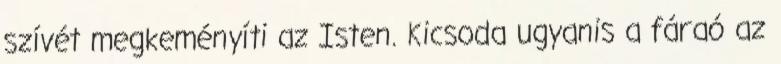
szívét megkeményíti az Isten. Kicsoda ugyanis a fáraó az